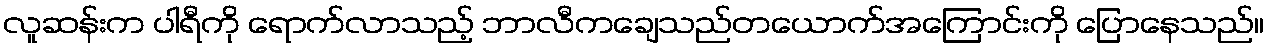
လူဆန်းက ပါရီကို ရောက်လာသည့် ဘာလီကချေသည်တယောက်အကြောင်းကို ပြောနေသည်။